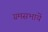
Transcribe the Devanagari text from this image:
ग्रमसभायें